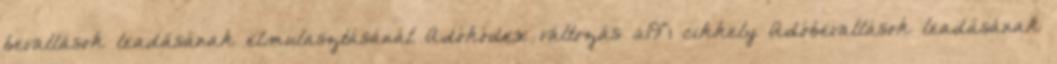
bevallások leadásának elmulasztásánál Adókódex változás 219^1 cikkely Adóbevallások leadásának